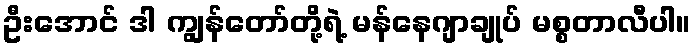
ဦးအောင် ဒါ ကျွန်တော်တို့ရဲ့ မန်နေဂျာချုပ် မစ္စတာလီပါ။